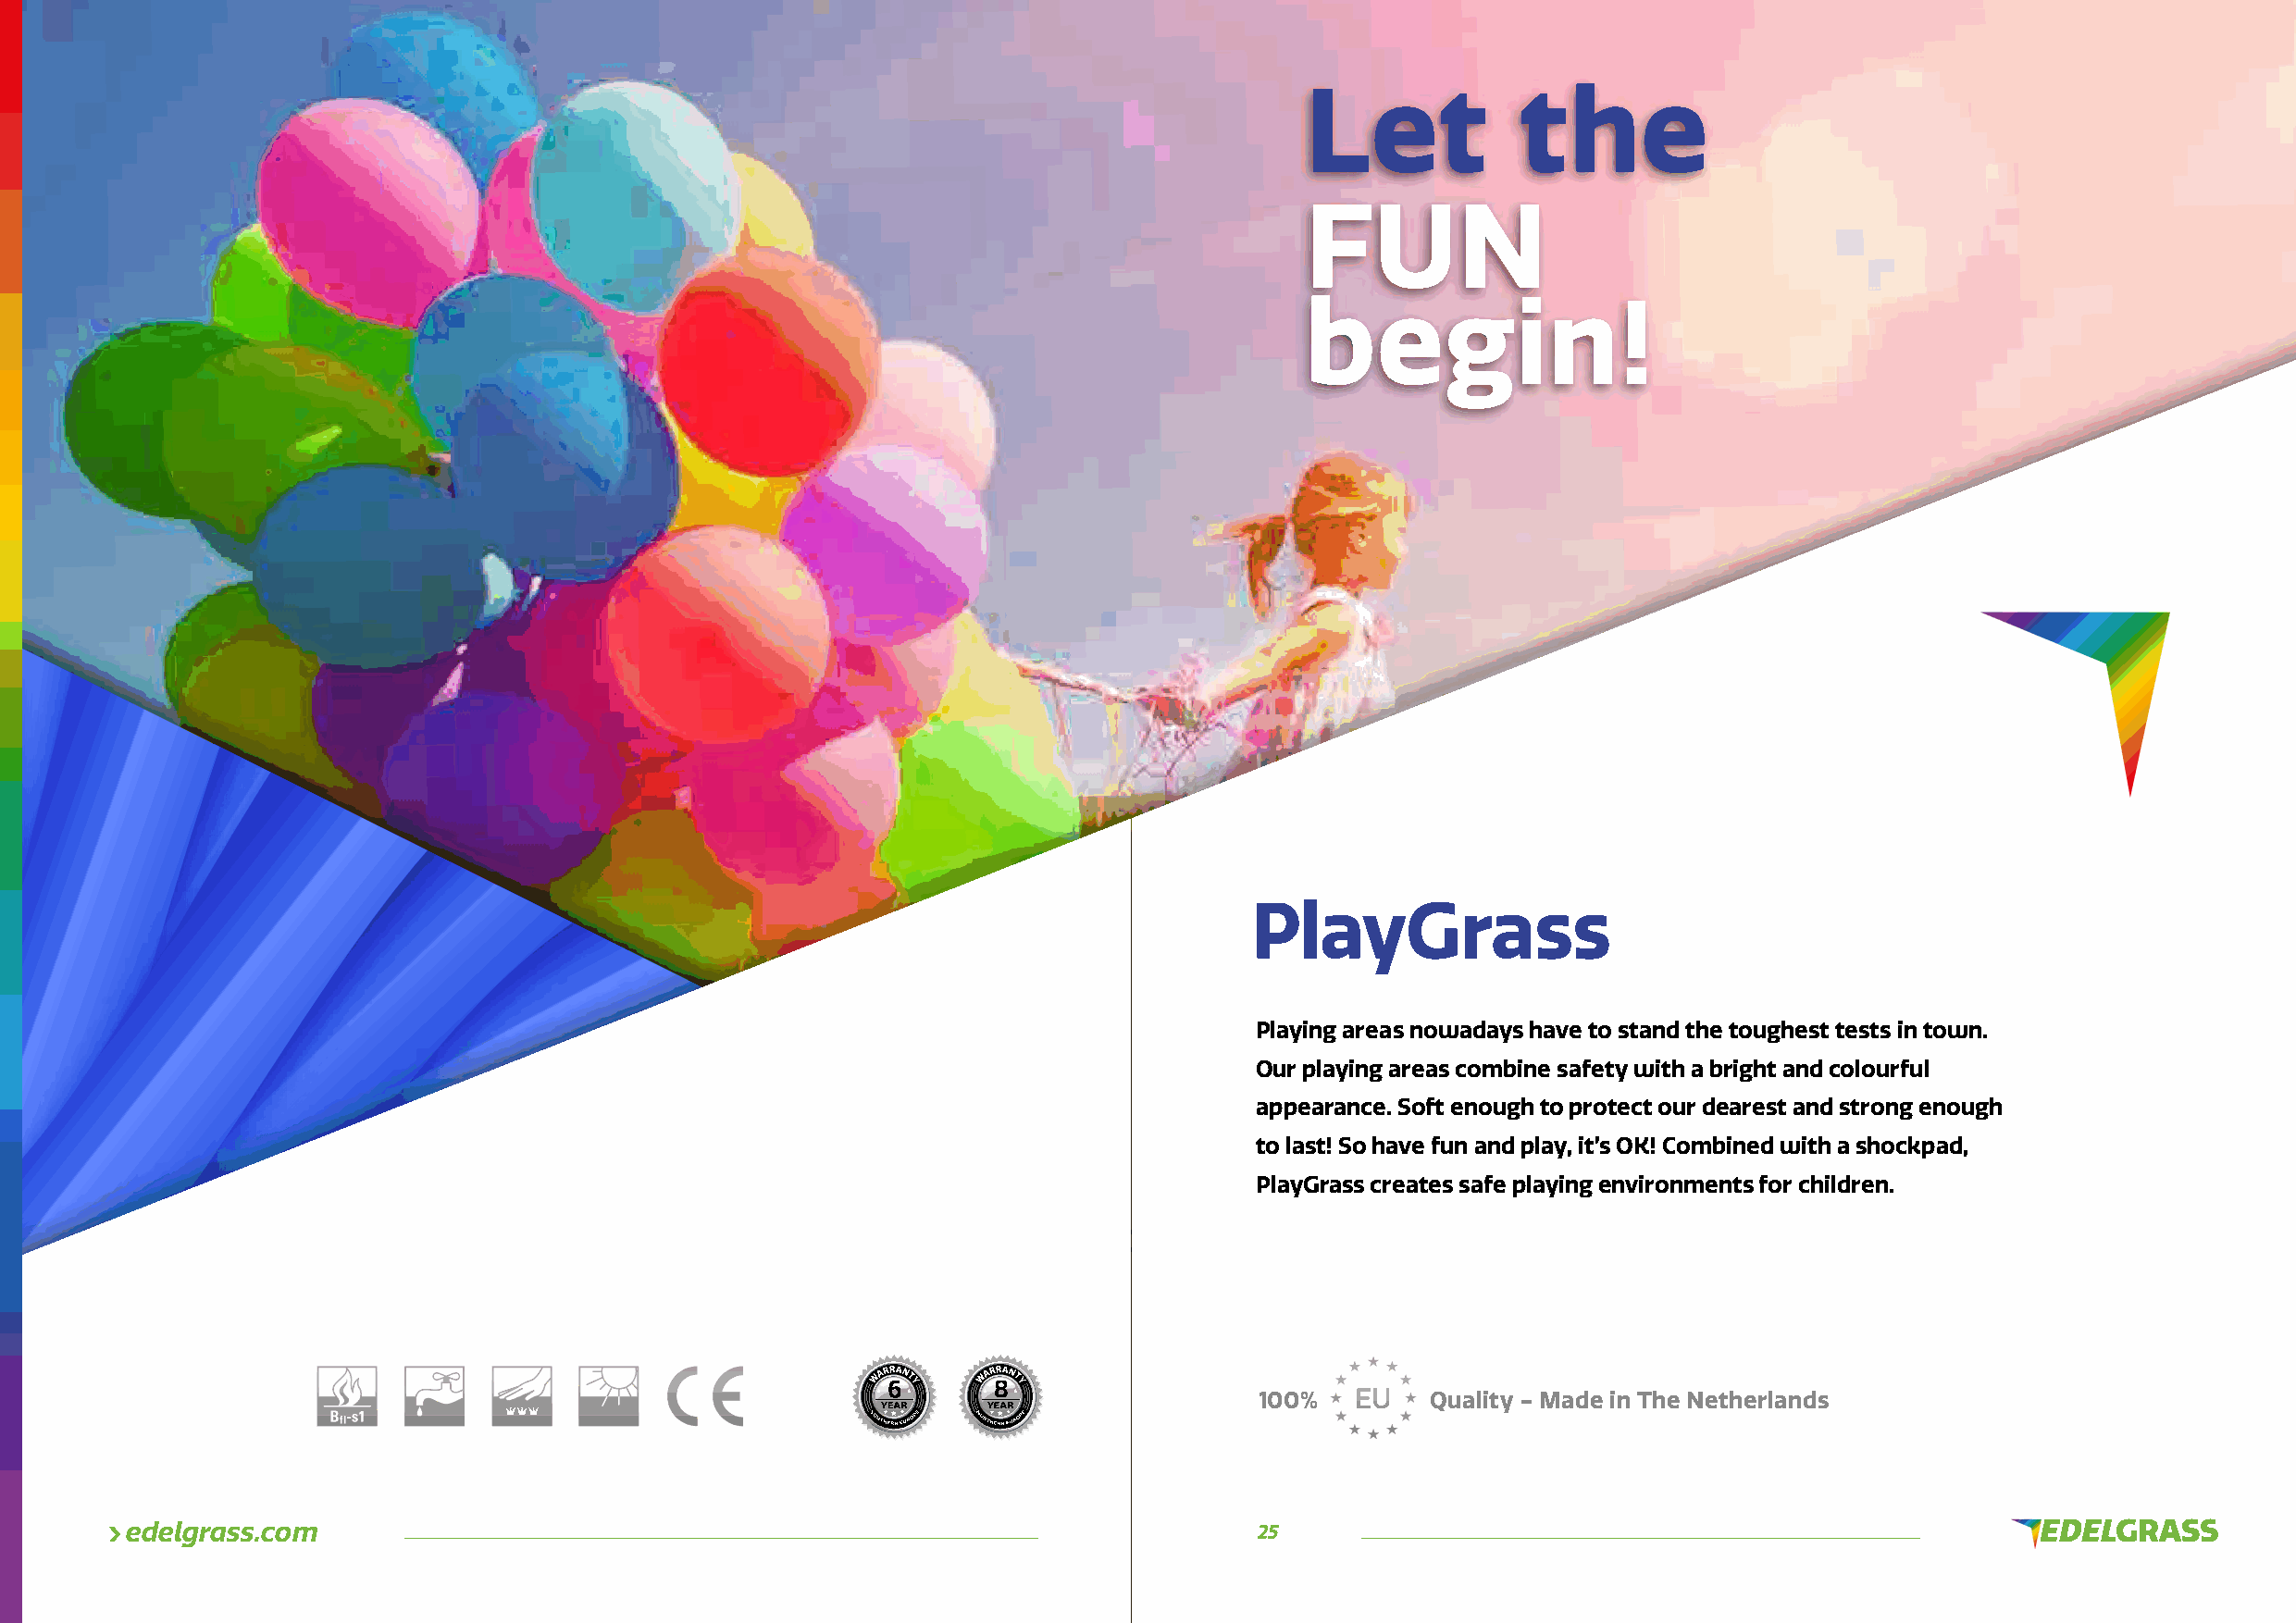
Let             the
 FUN
 begin!
 PlayGrass
 Playing areas nowadays have to stand the toughest tests in town.
 Our playing areas combine safety with a bright and colourful
 appearance. Soft enough to protect our dearest and strong enough
 to last! So have fun and play, it’s OK! Combined with a shockpad,
 PlayGrass creates safe playing environments for children.
 100%   E U  Quality - Made in The Netherlands
 edelgrass.com                                                                    25